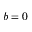
b = 0